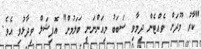
"ކާރު މޫދަށް ވެއްޓެން ދިމާވި ސަބަބު މިއަންނަނީ ބަލަމުން" އޮޮފިޝަލް ވިދާޅުވި އެވެ.